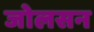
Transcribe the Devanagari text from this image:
जोलसन